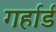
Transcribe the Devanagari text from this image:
गर्हार्ड